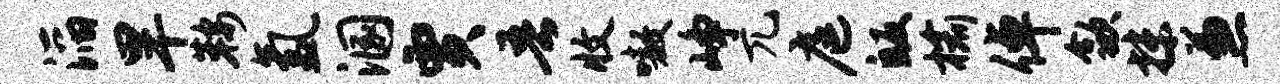
滔旱鞍氲溷贾吾收嗷峥兀庭皈榆倬歙抹兼